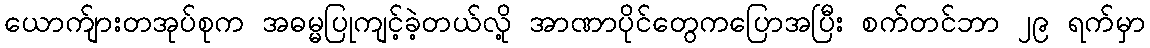
ယောက်ျားတအုပ်စုက အဓမ္မပြုကျင့်ခဲ့တယ်လို့ အာဏာပိုင်တွေကပြောအပြီး စက်တင်ဘာ ၂၉ ရက်မှာ